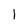
Character: 1